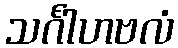
သင်္ဂါဟဗလံ